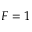
F = 1